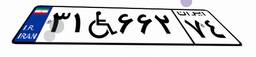
۳۱W۶۶۲۷۴